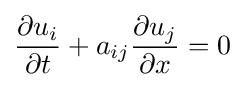
{\frac {\partial u_{i}}{\partial t}}+a_{ij}{\frac {\partial u_{j}}{\partial x}}=0